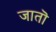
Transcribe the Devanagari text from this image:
जातॊ